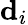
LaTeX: {\mathbf d}_{i}